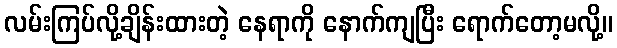
လမ်းကြပ်လို့ချိန်းထားတဲ့ နေရာကို နောက်ကျပြီး ရောက်တော့မလို့။